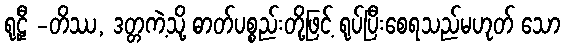
ရုဠှီ -တိဿ, ဒတ္တကဲ့သို့ ဓာတ်ပစ္စည်းတို့ဖြင့် ရုပ်ပြီးစေရသည်မဟုတ် သော